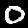
Digit: 0